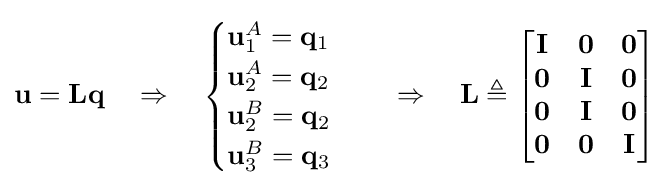
\mathbf {u} =\mathbf {L} \mathbf {q} \quad \Rightarrow \quad {\begin{cases}\mathbf {u} _{1}^{A}=\mathbf {q} _{1}\\\mathbf {u} _{2}^{A}=\mathbf {q} _{2}\\\mathbf {u} _{2}^{B}=\mathbf {q} _{2}\\\mathbf {u} _{3}^{B}=\mathbf {q} _{3}\\\end{cases}}\quad \Rightarrow \quad \mathbf {L} \triangleq {\begin{bmatrix}\mathbf {I} &\mathbf {0} &\mathbf {0} \\\mathbf {0} &\mathbf {I} &\mathbf {0} \\\mathbf {0} &\mathbf {I} &\mathbf {0} \\\mathbf {0} &\mathbf {0} &\mathbf {I} \\\end{bmatrix}}